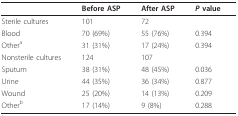
<table><thead><tr><td></td><td><b>Before ASP</b></td><td><b>After ASP</b></td><td><b><i>P </i>value</b></td></tr></thead><tbody><tr><td>Sterile cultures</td><td>101</td><td>72</td><td></td></tr><tr><td>Blood</td><td>70 (69%)</td><td>55 (76%)</td><td>0.394</td></tr><tr><td>Other<sup>a</sup></td><td>31 (31%)</td><td>17 (24%)</td><td>0.394</td></tr><tr><td>Nonsterile cultures</td><td>124</td><td>107</td><td></td></tr><tr><td>Sputum</td><td>38 (31%)</td><td>48 (45%)</td><td>0.036</td></tr><tr><td>Urine</td><td>44 (35%)</td><td>36 (34%)</td><td>0.877</td></tr><tr><td>Wound</td><td>25 (20%)</td><td>14 (13%)</td><td>0.209</td></tr><tr><td>Other<sup>b</sup></td><td>17 (14%)</td><td>9 (8%)</td><td>0.288</td></tr></tbody></table>